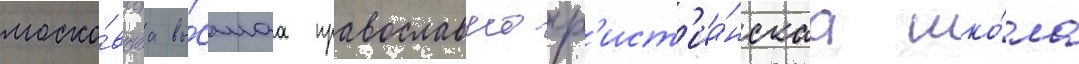
моско́вскаа вы́сшаа православно-хр'ист'иа́нскаа шко́ла